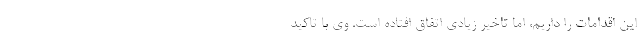
این اقدامات را داریم، اما تاخیر زیادی اتفاق افتاده است. وی با تاکید